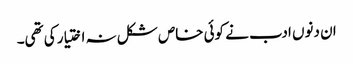
ان دنوں ادب نے کوئی خاص شکل نہ اختیار کی تھی۔